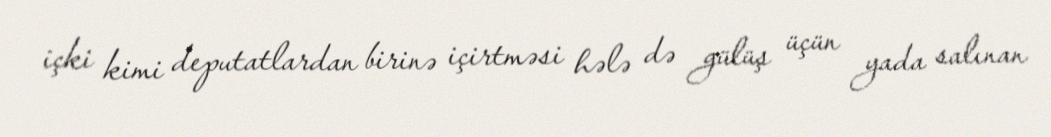
içki kimi deputatlardan birinə içirtməsi hələ də gülüş üçün yada salınan